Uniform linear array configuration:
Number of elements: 4
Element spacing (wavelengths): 0.25
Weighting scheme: binomial
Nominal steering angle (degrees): -45
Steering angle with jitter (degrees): -46.009
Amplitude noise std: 0.05
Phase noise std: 0.05

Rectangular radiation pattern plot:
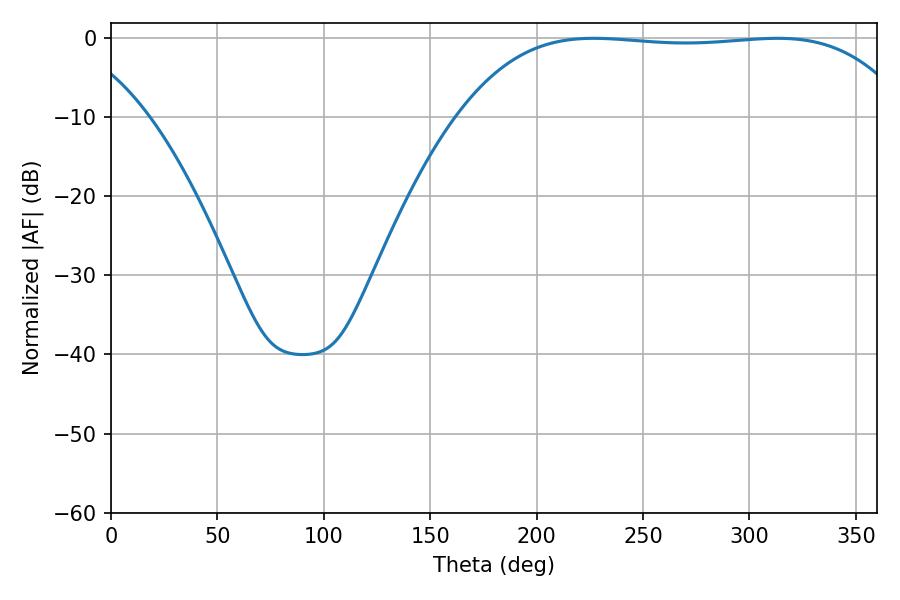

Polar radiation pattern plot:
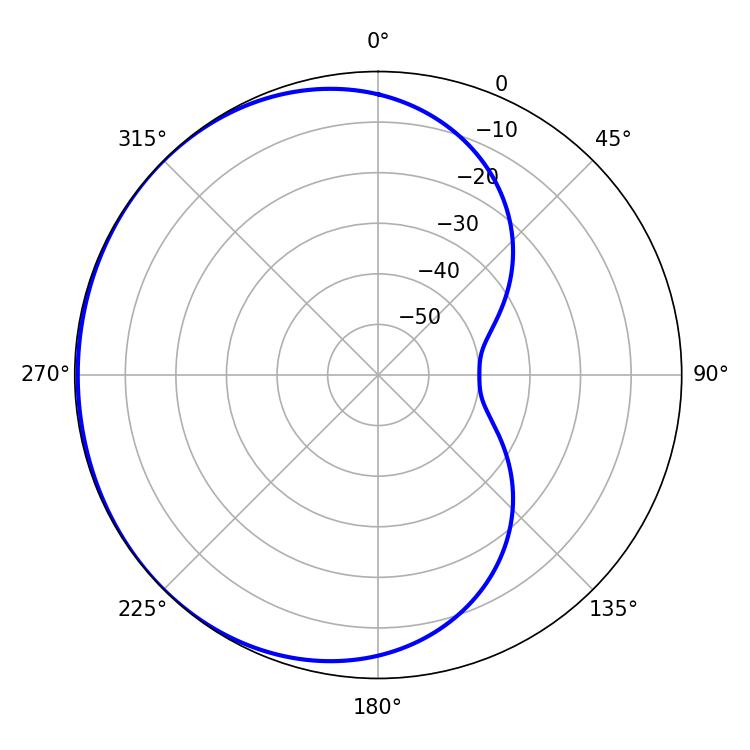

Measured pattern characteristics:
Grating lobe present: FALSE
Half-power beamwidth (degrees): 165.24
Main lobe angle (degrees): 226.8